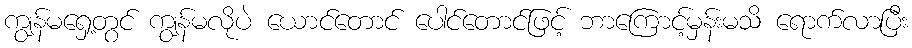
ကျွန်မရှေ့တွင် ကျွန်မလိုပဲ ယောင်တောင် ပေါင်တောင်ဖြင့် ဘာကြောင့်မှန်းမသိ ရောက်လာပြီး